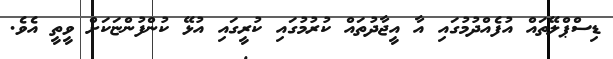
ޑިސްޕްލޭތައް އުފެއްދުމުގައި އާ އީޖާދުތައް ކުރުމުގައި ކުރީގައި އުޅޭ ކުންފުންޏަކަށް ވީތީ އެވެ.